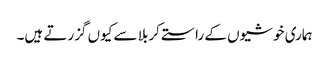
ہماری خوشیوں کے راستے کربلا سے کیوں گزرتے ہیں۔